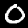
Digit: 0